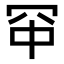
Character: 𪞑